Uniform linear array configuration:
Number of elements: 4
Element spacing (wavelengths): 0.75
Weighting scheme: kaiser
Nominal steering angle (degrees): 60
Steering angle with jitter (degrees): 60.811
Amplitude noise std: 0.05
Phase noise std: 0.05

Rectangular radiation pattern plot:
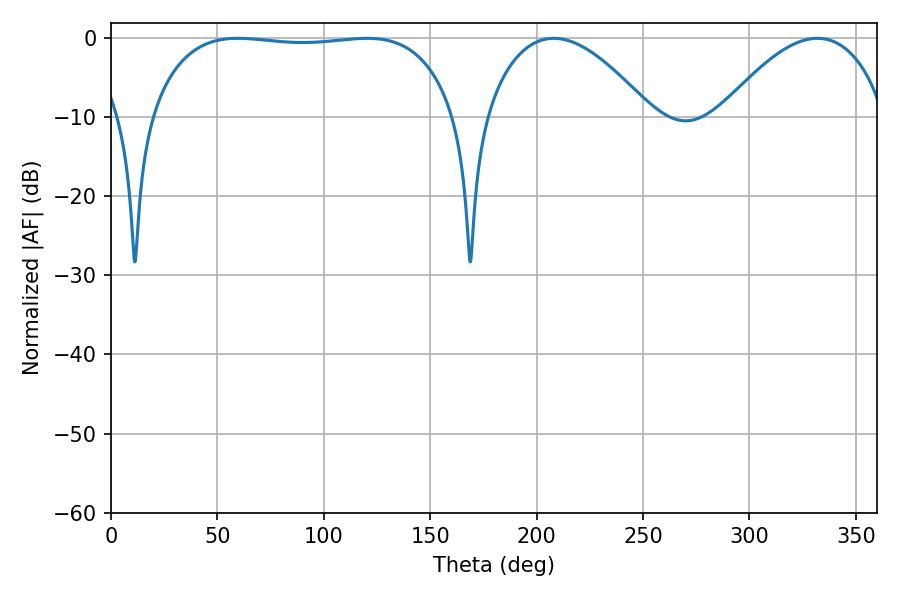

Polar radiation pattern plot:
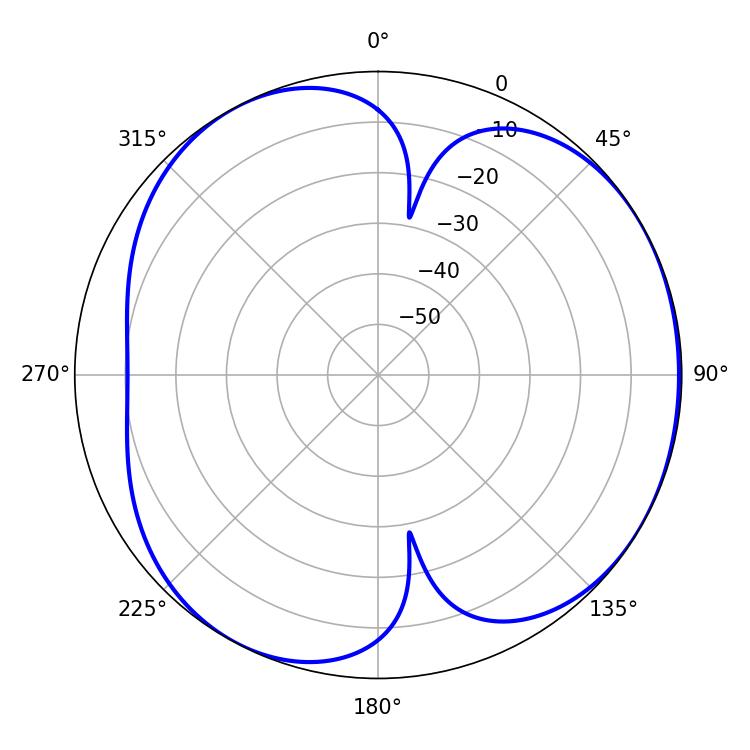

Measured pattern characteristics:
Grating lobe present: TRUE
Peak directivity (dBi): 4.415
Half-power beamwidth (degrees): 43.02
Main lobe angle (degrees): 208.08